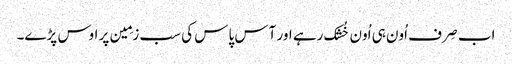
اب صِرف اُون ہی اُون خُشک رہے اور آس پاس کی سب زمِین پر اوس پڑے۔